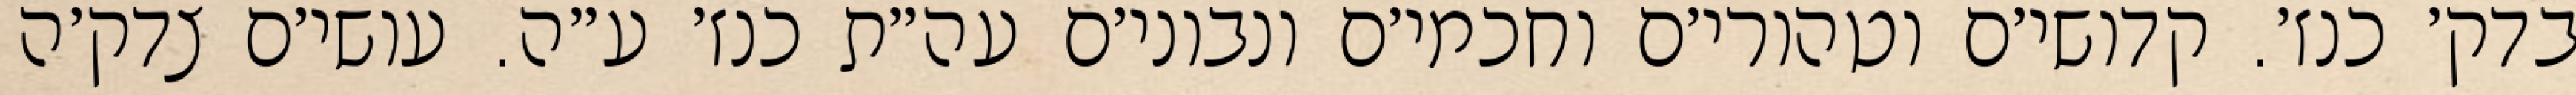
בדק׳ כנז׳. קדושי׳ם וטהורי׳ם וחכמי׳ם ונבוני׳ם עה״ת כנז׳ ע״ה. עושי׳ם צדק׳ה